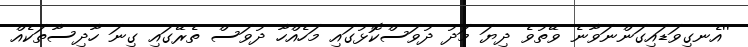
''އެނގިވަޑައިގަންނަވާނެ ވޭތުވެ ދިޔަ މަދު ދުވަސްކޮޅުގައި މަހެއްހާ ދުވަސް ތެރޭގައި ގިނަ ހާދިސާތަކެއް